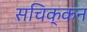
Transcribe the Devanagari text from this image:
सचिक्‍कन